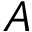
A